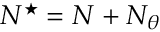
N ^ { \star } = N + N _ { \theta }